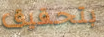
بتحقيق